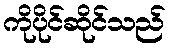
ကိုပိုင်ဆိုင်သည်